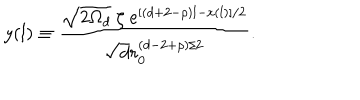
LaTeX: y ( l ) \equiv \frac { \sqrt { 2 \Omega _ { d } } ~ \zeta ~ e ^ { [ ( d + 2 - \rho ) l - x ( l ) ] / 2 } } { \sqrt { d } r _ { 0 } ^ { ( d - 2 + \rho ) / 2 } } .